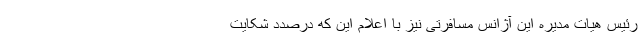
رئیس هیات مدیره این آژانس مسافرتی نیز با اعلام این که درصدد شکایت